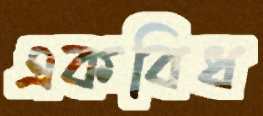
একবিধ